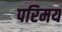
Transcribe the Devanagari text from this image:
परिमय